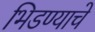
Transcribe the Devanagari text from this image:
भिडण्याचे